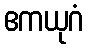
ဧကယုဂံ